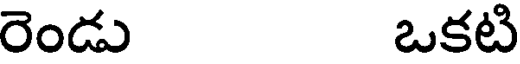
రెండు ఒకటి